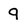
Character: 9